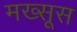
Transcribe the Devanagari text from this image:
मख्सूस